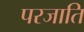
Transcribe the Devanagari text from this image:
परजाति